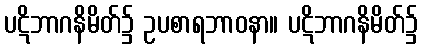
ပဋိဘာဂနိမိတ်၌ ဥပစာရဘာဝနာ။ ပဋိဘာဂနိမိတ်၌